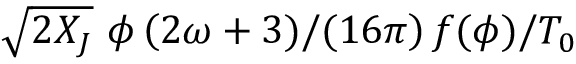
\sqrt { 2 X _ { J } } ~ \phi \left( 2 \omega + 3 ) / ( 1 6 \pi \right) f ( \phi ) / T _ { 0 }